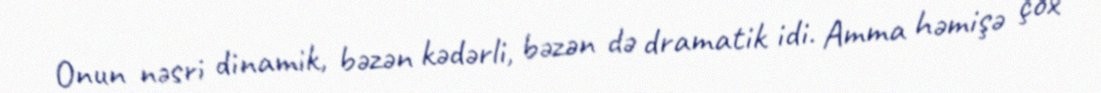
Onun nəsri dinamik, bəzən kədərli, bəzən də dramatik idi. Amma həmişə çox